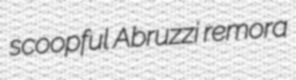
scoopful Abruzzi remora